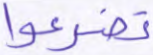
تضرعوا